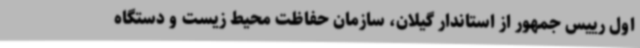
اول رییس جمهور از استاندار گیلان، سازمان حفاظت محیط زیست و دستگاه